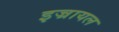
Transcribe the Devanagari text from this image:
इज्रायल